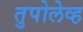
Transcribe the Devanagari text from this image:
तुपोलेव्ह